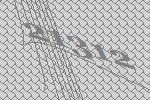
21312